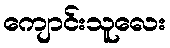
ကျောင်းသူလေး